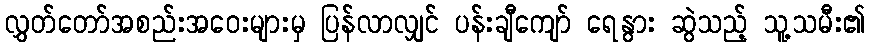
လွှတ်တော်အစည်းအဝေးများမှ ပြန်လာလျှင် ပန်းချီကျော် ရေနွား ဆွဲသည့် သူ့သမီး၏